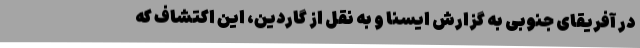
در آفریقای جنوبی به گزارش ایسنا و به نقل از گاردین، این اکتشاف که